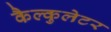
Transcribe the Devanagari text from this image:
कैल्कुलेटर